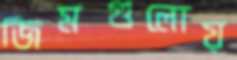
জিমগুলোয়